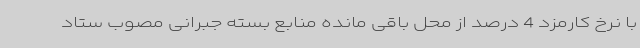
با نرخ کارمزد 4 درصد از محل باقی مانده منابع بسته جبرانی مصوب ستاد